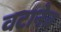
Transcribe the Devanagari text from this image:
वटानेब